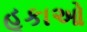
હૂકાઓ